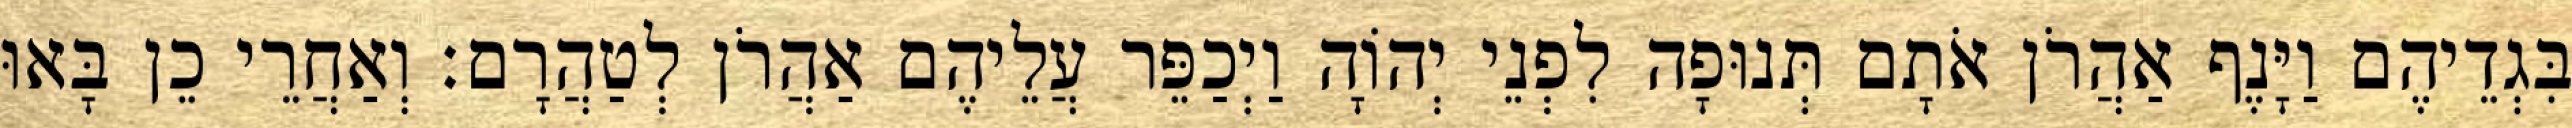
בִּגְדֵיהֶם וַיָּנֶף אַהֲרֹן אֹתָם תְּנוּפָה לִפְנֵי יְהוָֹה וַיְכַפֵּר עֲלֵיהֶם אַהֲרֹן לְטַהֲרָם׃ וְאַחֲרֵי כֵן בָּאוּ